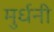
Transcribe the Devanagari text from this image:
मुर्धनी